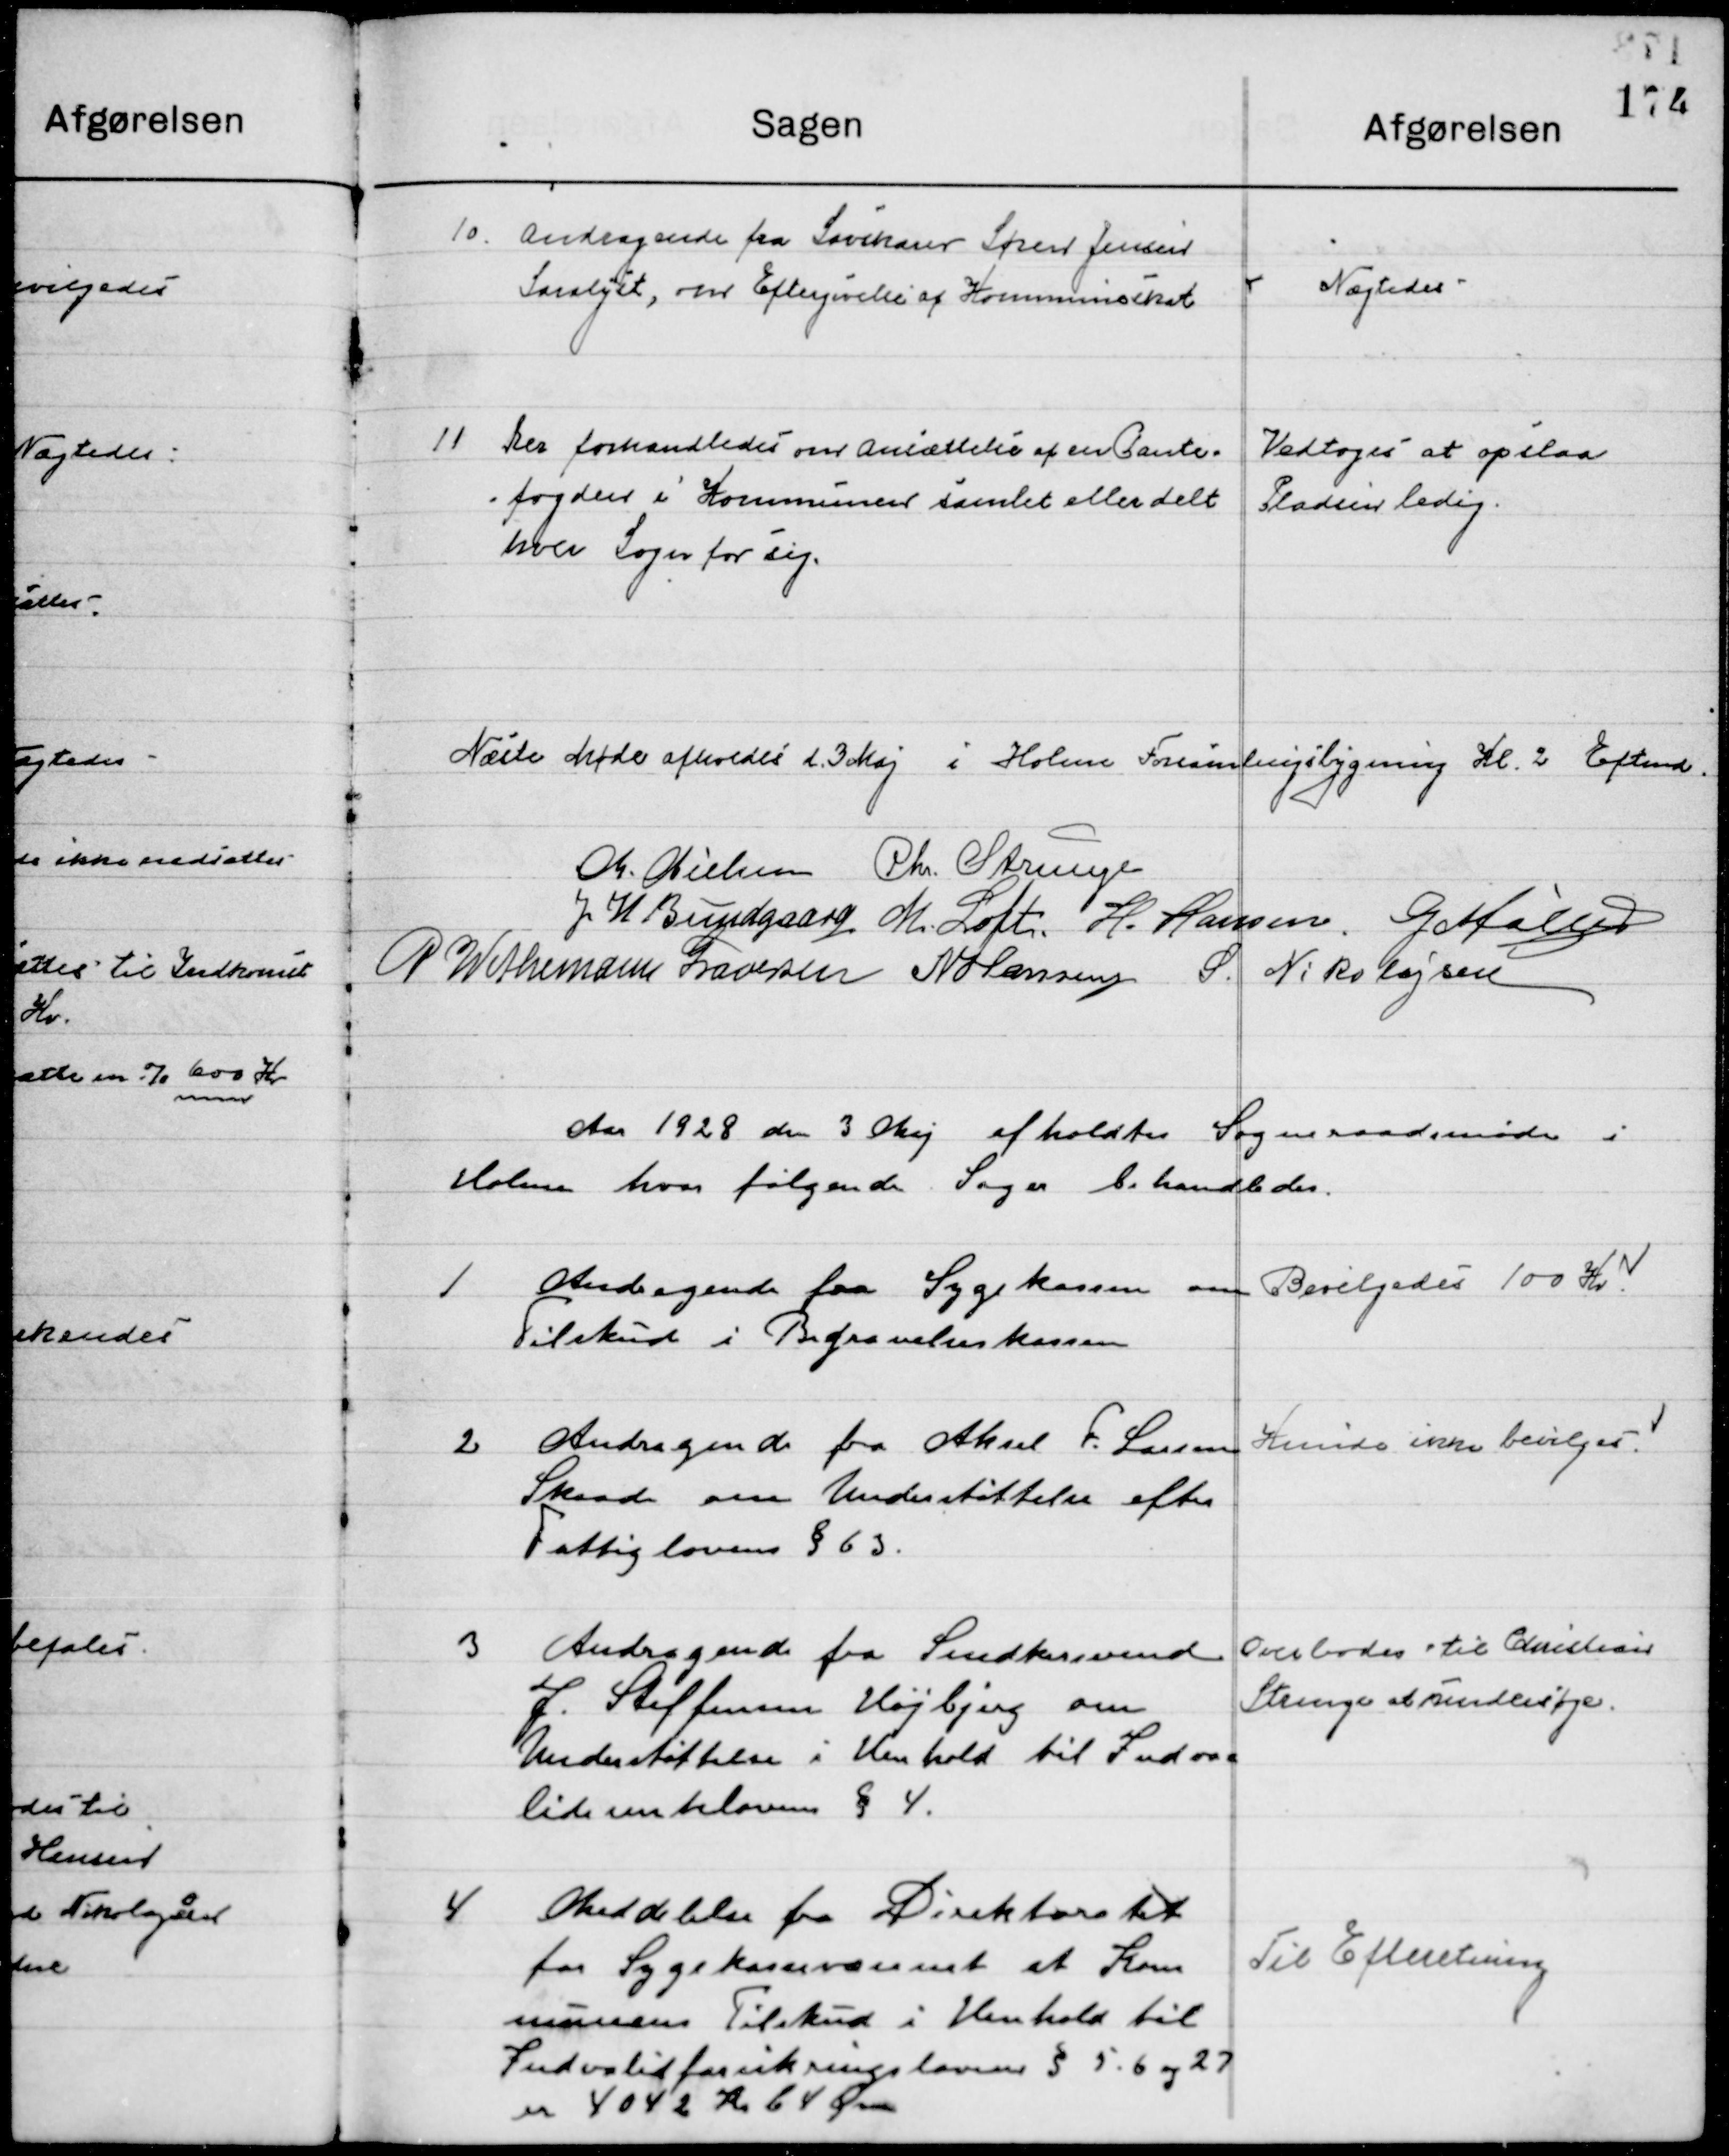
Transskription:
10

Andragende fra Savskære Søren Jensen 
Saralyst, om Eftergivelse af Kommuneskat.

Nægtes

11

Der forhandledes om Ansættelse af en Pante-
foged i Kommuneene samlet eller delt
hver Sogn for sig.

Vedtoges at opslaa
Pladsen ledig

Næste Møde afholdes d. 3. Maj i Holme Forsamlingsbygning Kl. 2 Eftermd.

M. Nielsen
Chr. Strunge
J. H. Bundgaard
M. Loft
H. Hansen
G. Møller
P. Wethemann Graversen
N. Hansen
S. Nikolajsen

Aaret 1928 den 3 Maj afholdtes  Sogneraadsmøde i 
Holme hvor følgende Sager behandledes.

1

Andragende fra Sygekassen om
Tilskud i Begravelseskassen.

Bevilgedes 100 Kr.

2

Andragende fra Aksel F. Larsen
Skaade om Understøttelse efter
Fattigloven § 63.

Kunne ikke bevilges

3

Andragende fra Snedkersvend
J. Steffensen Højbjerg om 
Understøttelse i Henhold til Inva-
liderenteloven § 4.

Overlodes til Christian
Strunge at undersøge

4

Meddelelse  fra Direktoratet 
for Sygekassevæsenet at Kom-
munens Tilskud i Henholdt til 
lnvalideforsikringsloven § 5. 6 og 27
er 4042 Kr. 64 Øre

Til Efterretning